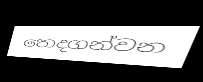
තෙදගන්වන